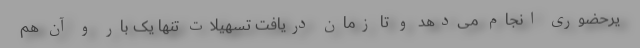
یرحضوری انجام می‌دهد و تا زمان دریافت تسهیلات تنها یک بار و آن هم